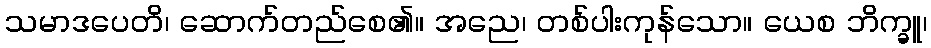
သမာဒပေတိ၊ ဆောက်တည်စေ၏။ အညေ၊ တစ်ပါးကုန်သော။ ယေစ ဘိက္ခူ၊